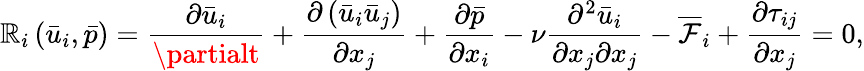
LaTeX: {\mathbb{R}_{i}}\left({{{\bar{{u}}}_{i}},\bar{{p}}}\right)=\frac{{{\partial{{\bar{{u}}}_{i}}}}}{{{\partialt}}}+\frac{{{\partial\left({{{\bar{{u}}}_{i}}{{\bar{{u}}}_{j}}}\right)}}}{{{\partial{x_{j}}}}}+\frac{{{\partial\bar{{p}}}}}{{{\partial{x_{i}}}}}-\nu\frac{{{{\partial^{2}}{{\bar{{u}}}_{i}}}}}{{{\partial{x_{j}}\partial{x_{j}}}}}-{\overline{{{\mathcal{F}}}}_{i}}+\frac{{{\partial{\tau_{ij}}}}}{{{\partial{x_{j}}}}}=0,